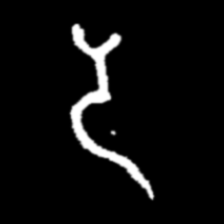
Pyu character \u2014 Myanmar letter: ဒ (romanized: da)